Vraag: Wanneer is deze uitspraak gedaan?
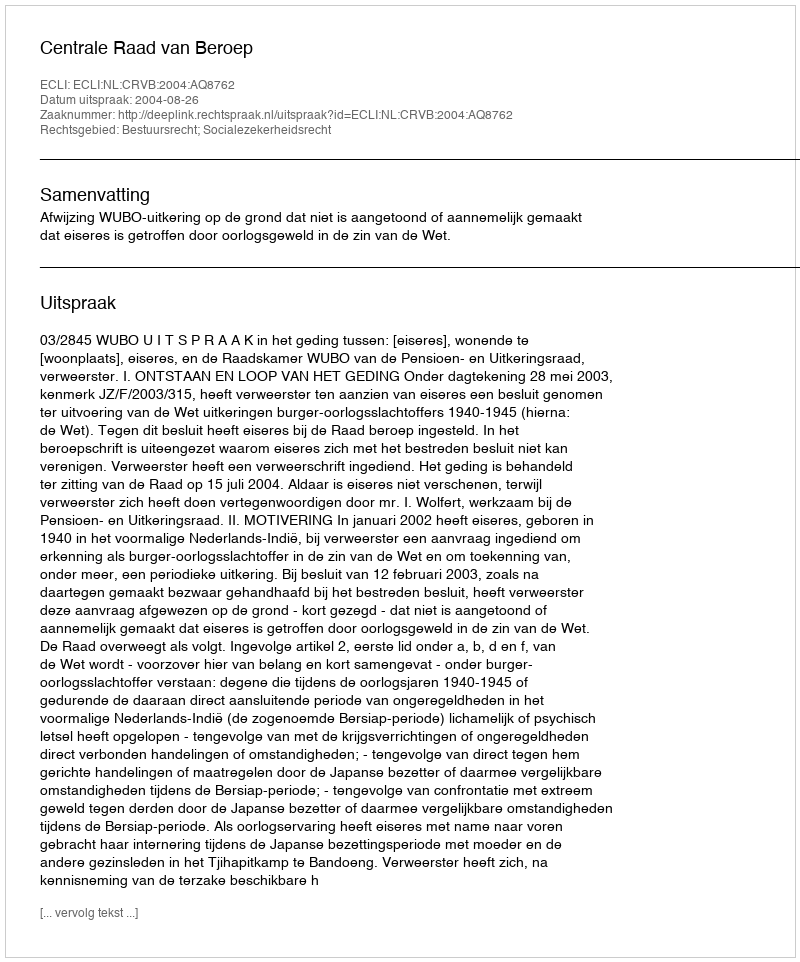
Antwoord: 2004-08-26